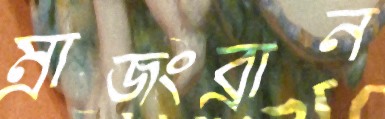
ম্রাজংব্রান